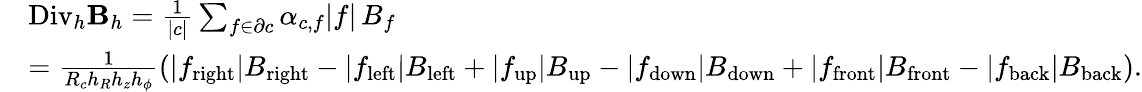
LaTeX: \begin{array}{rl}&{{\mathrm{Div}_{h}}\mathbf{B}_{h}=\frac{1}{|c|}\sum_{f\in\partial c}\alpha_{c,f}|f|\, B_{f}}\\ &{=\frac{1}{R_{c}h_{R}h_{z}h_{\phi}}\left(|f_{\mathrm{right}}|B_{\mathrm{right}}-|f_{\mathrm{left}}|B_{\mathrm{left}}+|f_{\mathrm{up}}|B_{\mathrm{up}}-|f_{\mathrm{down}}|B_{\mathrm{down}}+|f_{\mathrm{front}}|B_{\mathrm{front}}-|f_{\mathrm{back}}|B_{\mathrm{back}}\right).}\end{array}